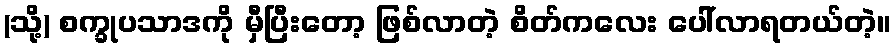
(သို့) စက္ခုပသာဒကို မှီပြီးတော့ ဖြစ်လာတဲ့ စိတ်ကလေး ပေါ်လာရတယ်တဲ့။